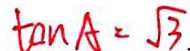
\tan A = \sqrt { 3 }